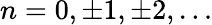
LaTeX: n=0,\pm 1,\pm 2,\ldots